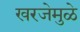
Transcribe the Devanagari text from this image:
खरजेमुळे